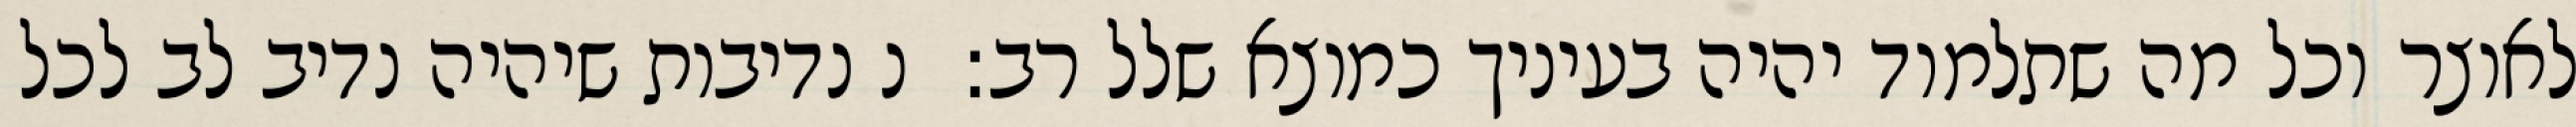
לאוצר וכל מה שתלמוד יהיה בעיניך כמוצא שלל רב:  נ נדיבות שיהיה נדיב לב לכל